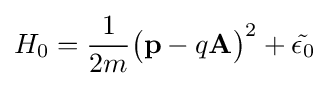
H_{0}={\frac {1}{2m}}{\big (}\mathbf {p} -q\mathbf {A} {\big )}^{2}+{\tilde {\epsilon _{0}}}